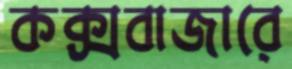
কক্সবাজারে